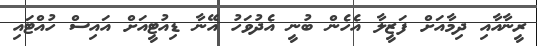
ރީނާއާއި ދިމާއަށް ފަޒީލާ އެހެން ބުނީ އެދުވަހު އޭނާ ޑިއުޓީއަށް އައިސް ހުއްޓައި